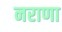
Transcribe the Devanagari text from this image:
नराणा